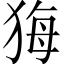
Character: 𤞦